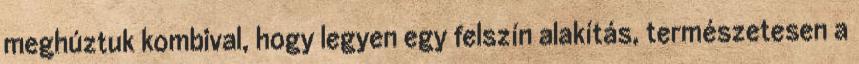
meghúztuk kombival, hogy legyen egy felszín alakítás, természetesen a